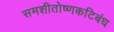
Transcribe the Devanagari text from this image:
समशीतोष्णकटिबंध